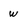
Character: w